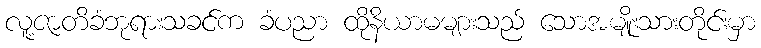
လူ့ဇာတိခံဘုရားသခင်က ခံပညာ ထိုနိယာမများသည် သောအမျိုးသားတိုင်းမှာ